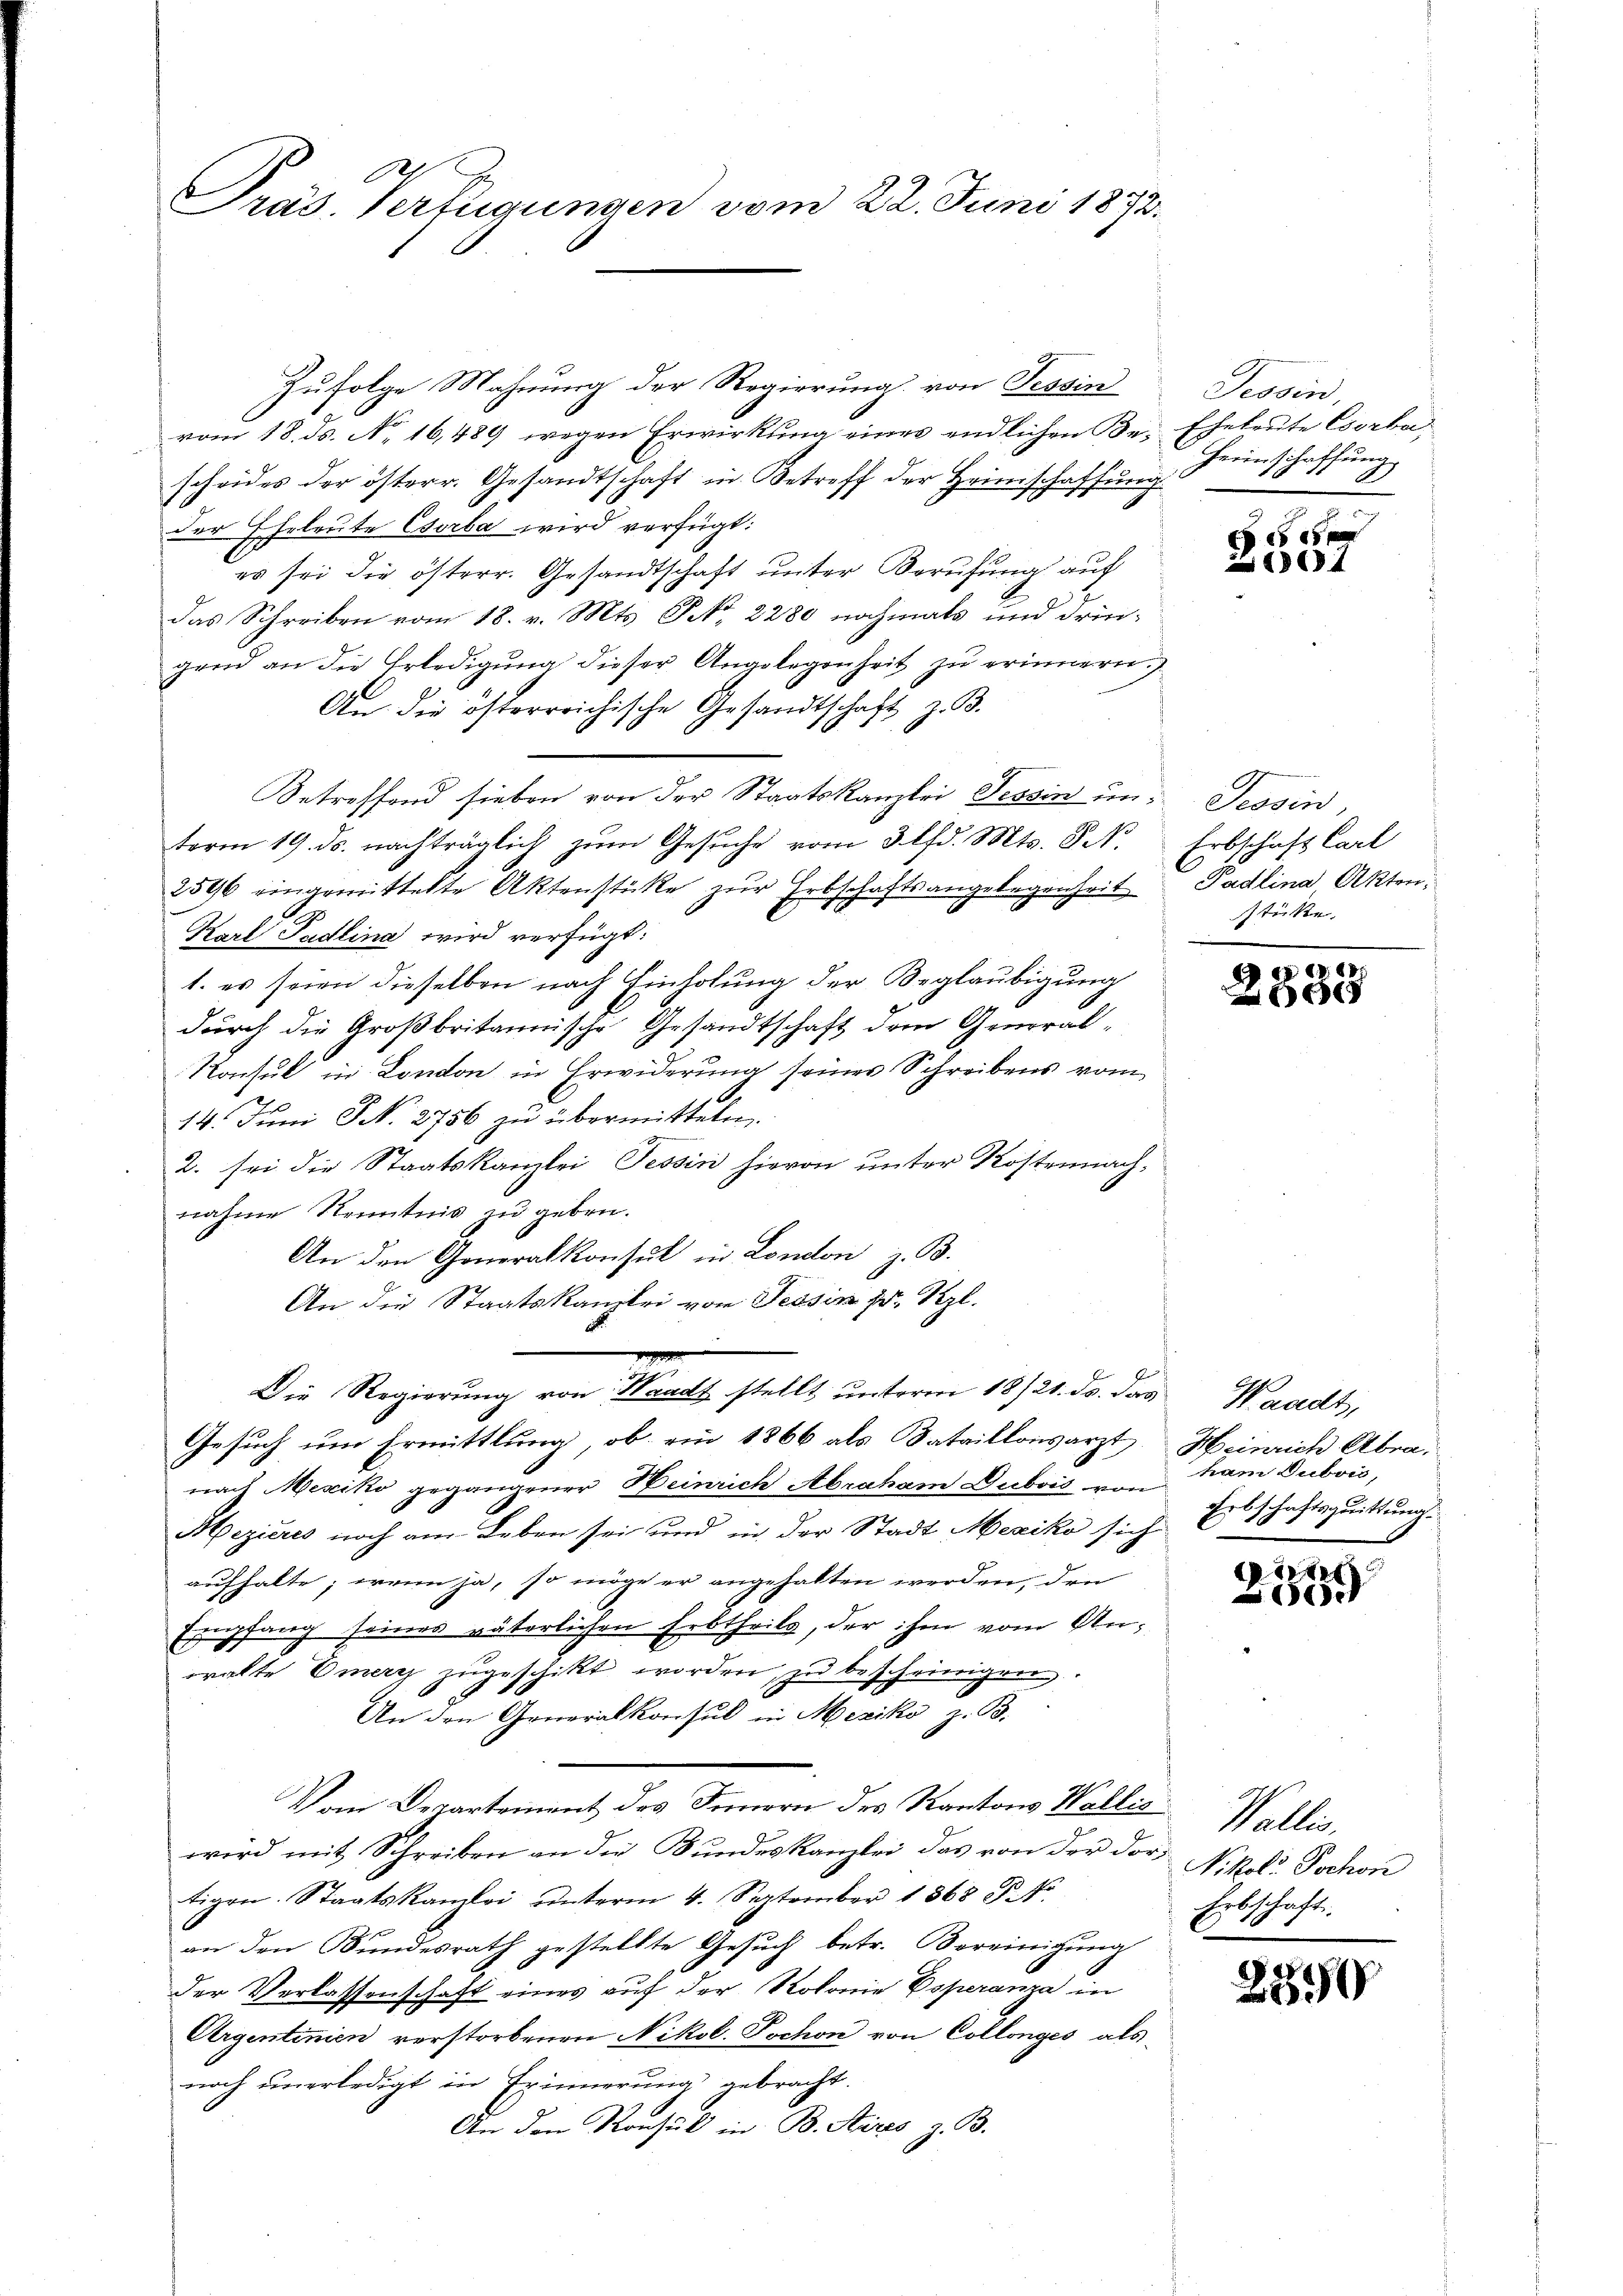
Pras Verfügungen vom 22. Juni 1872.

Zufolge Mahnung der Regierung von Tessin
vom 18. ds. No. 16,489 wegen Erwirkung eines endlichen Be- Eheleute Csorbascheides der österr. Gesandtschaft in Betreff der Heimschaffung
der Eheleute Chorba wird verfügt:
es sei die österr. Gesandtschaft unter Berufung auf
das Schreiben vom 18. v. Mts. S. 2280 nochmals und dringend an die Erledigung dieser Angelegenheit zu erinnern.
An die österreichische Gesandtschaft z. B.
Betreffend sieben von der Staatskanzlei Tessin un- Tessin,
term 19. ds. nachträglich zum Gesŭche vom 3. lfd. Mts. S.
2596 eingemittelte Aktenstücke zur Erbschaftsangelegenheit
Karl Padlina wird verfügt:
1. es seien dieselben nach Einholung der Beglaubigung
durch die Großbritannische Gesandtschaft dem General¬
Konsul in London in Erwiderung seiner Schreibens vom
14. Juni N. 2756 zu übermitteln.
2. sei die Staatskanzlei Tessin hievon unter Kostennach-
nahme Kenntnis zu geben.
An den Generalkonsul in London z. B.
An die Staatskanzlei vom Tessin fr. Rzl.
Die Regierung von Macht stellt unterm 18/21. ds. das Waadt,
Gesuch um Ermittlung, ob ein 1866 als Bataillonsarzt
nach Mesiko gegangener Heinrich Abraham Dubois von Erbschaftsquittung
Mezieres noch am Leben sei und in der Stadt Mexiko sich
aufhalte; wenn ja, so möge er angehalten werden, den
Empfang seines väterlichen Erbtheils, der ihm vom Anwralte Emery zŭgeschikt worden, zu beschwierigen
An den Generalkonsul in Mexiko z. B.
Vom Departement des Innern des Kantons Wallis. Wallis,
wird mit Schreiben an die Bundeskanzlei das von der der Nikoli Jochon
tigen. Staatskanzlei ŭnterm 4. September 1368 S. 4
an den Bundesrath gestellte Gesuch betr. Vereinigung
der Verlassenschaft eines auf der Rotonie Esperanza in
Aergentinien verstorbenen Nikol. Tochon von Collonges als
noch unerledigt in Erinnerung gebracht.
An den Konsul in B. Stires z. B.

Tessin,
Herinschaffung

107

Erbschaft Carl
Padlina, Akten,
stüke.

128

Heinrich Abra.
ham Dubois,

231

Erbschaft.

2390